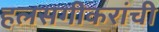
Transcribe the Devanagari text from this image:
हलसगीकरांची